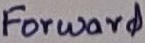
Text: Forward